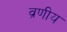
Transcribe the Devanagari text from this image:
व्रणीय